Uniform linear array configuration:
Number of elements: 24
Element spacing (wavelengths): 0.5
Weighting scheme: blackman
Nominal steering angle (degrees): -60
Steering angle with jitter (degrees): -59.744
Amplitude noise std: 0.05
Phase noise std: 0.05

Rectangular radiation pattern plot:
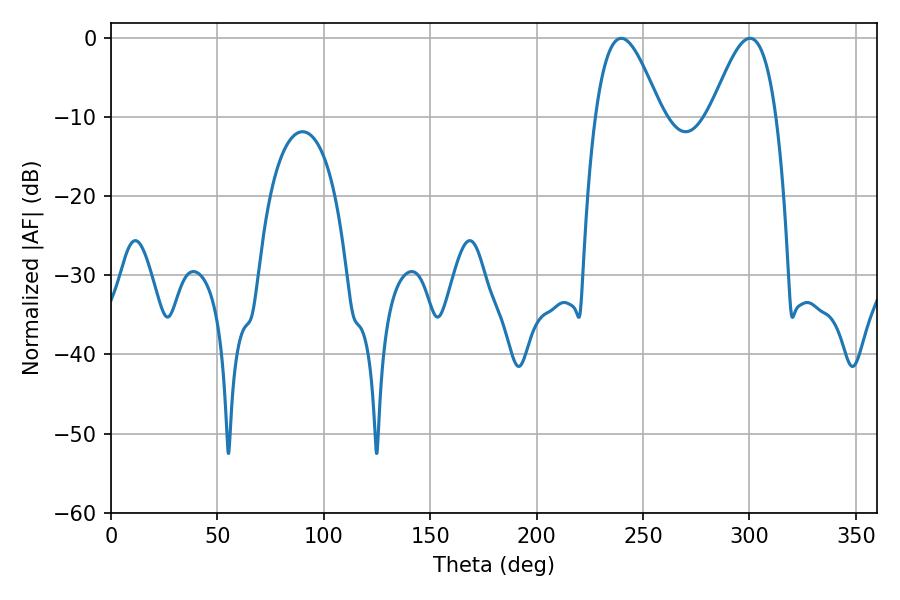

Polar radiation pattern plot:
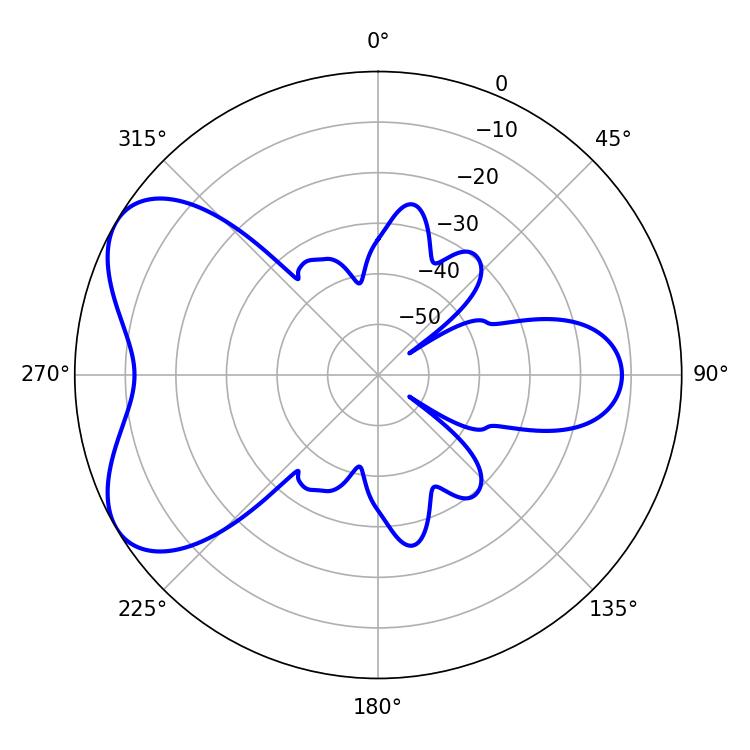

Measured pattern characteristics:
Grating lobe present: FALSE
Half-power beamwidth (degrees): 16.56
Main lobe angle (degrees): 239.76